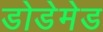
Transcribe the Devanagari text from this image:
डोडेमेड